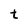
Character: t